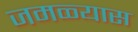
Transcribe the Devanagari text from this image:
जमळ्यास